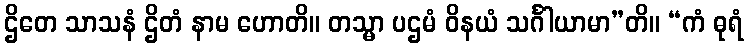
ဌိတေ သာသနံ ဌိတံ နာမ ဟောတိ။ တသ္မာ ပဌမံ ဝိနယံ သင်္ဂါယာမာ”တိ။ “ကံ ဓုရံ